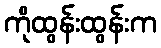
ကိုထွန်းထွန်းက